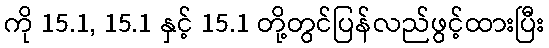
ကို 15.1, 15.1 နှင့် 15.1 တို့တွင်ပြန်လည်ဖွင့်ထားပြီး